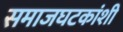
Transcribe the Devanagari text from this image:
समाजघटकांशी